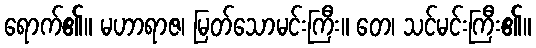
ရောက်၏။ မဟာရာဇ၊ မြတ်သောမင်းကြီး။ တေ၊ သင်မင်းကြီး၏။